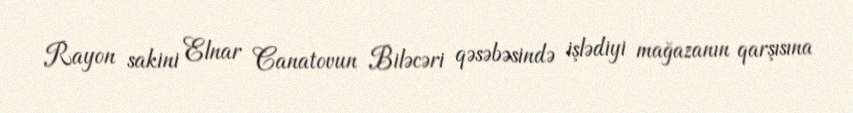
Rayon sakini Elnar Canatovun Biləcəri qəsəbəsində işlədiyi mağazanın qarşısına